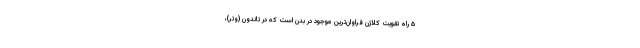
۵ راه تقویت کلاژن فراوان‌ترین موجود در بدن است که در تاندون (وتر)،